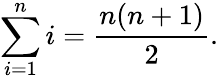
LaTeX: \sum_{i=1}^{n}i={\frac{n(n+1)}{2}}.